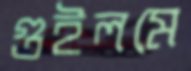
গুইলমে